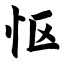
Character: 怄